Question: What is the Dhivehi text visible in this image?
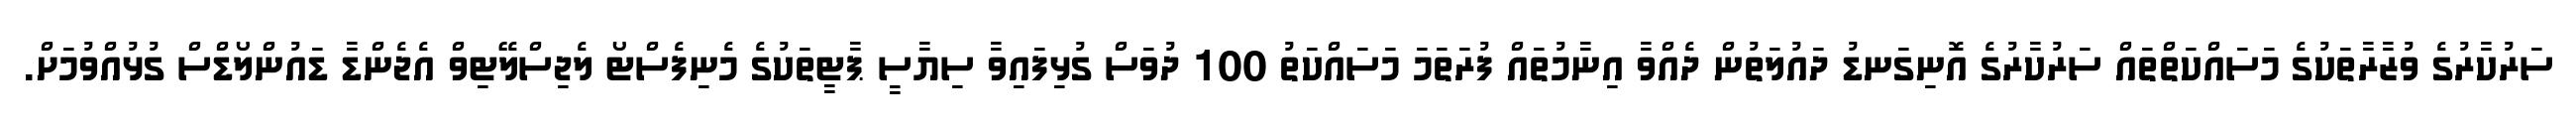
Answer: ސަރުކާރުގެ ވުޒާރާތަކުގެ މަސައްކަތްތައް ސަރުކާރުގެ އޮނިގަނޑު ދައުލަތުން ދެއްވާ އިނާމުތައް ފުރަތަމަ މަސައްކަތު 100 ދުވަސް ގުޅިފައިވާ ސިޔާސީ ޕާޓީތަކުގެ މެނިފެސްޓޯ ލެޖިސްލޭޓިވް އެޖެންޑާ ޑައުންލޯޑްސް ގުޅުއްވުމަށް.